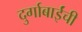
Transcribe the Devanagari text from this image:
दुर्गाबाईंची